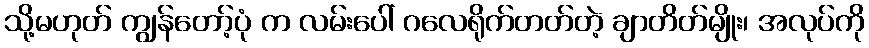
သို့မဟုတ် ကျွန်တော့်ပုံ က လမ်းပေါ် ဂလေရိုက်တတ်တဲ့ ချာတိတ်မျိုး၊ အလုပ်ကို